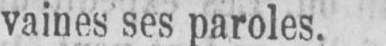
vaines ses paroles.